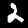
Digit: 2